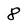
Character: 8